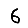
Digit: 6